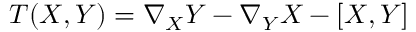
T ( X , Y ) = \nabla _ { X } Y - \nabla _ { Y } X - [ X , Y ]